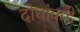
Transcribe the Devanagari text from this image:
दोघांकडे